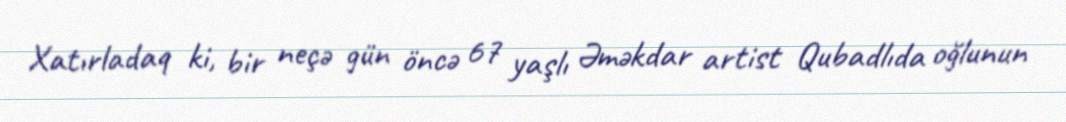
Xatırladaq ki, bir neçə gün öncə 67 yaşlı Əməkdar artist Qubadlıda oğlunun